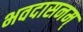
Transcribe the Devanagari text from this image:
भवदासनम्